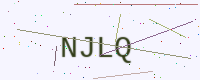
Text: NJLQ